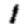
Digit: 1